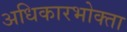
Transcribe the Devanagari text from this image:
अधिकारभोक्ता